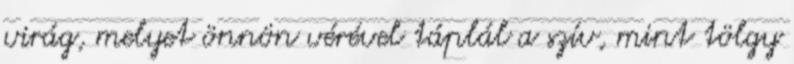
virág, melyet önnön vérével táplál a szív, mint tölgy